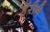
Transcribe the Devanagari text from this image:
हॅरीने